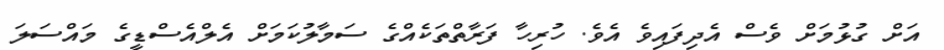
އަށް ގުޅުމަށް ވެސް އެދިފައިވެ އެވެ. ހުރިހާ ފަރާތްތަކެއްގެ ސަމާލުކަމަށް އެލްއެސްޑީގެ މައްސަލަ